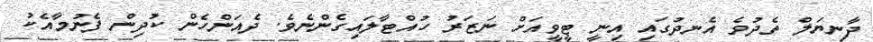
ދާނިޔަލް ތެދުވެ އެނދުގައި އިނީ ޓީވީއަށް ނަޒަރު ހުއްޓާލައިގެންނެވެ. ދެއަންހެން ކުދިން ފެނުމާއެކު